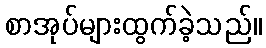
စာအုပ်များထွက်ခဲ့သည်။